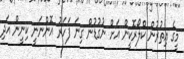
މީގެ އިތުރުން ކްލޯރޮކީން އަށް ނުގުޑުން ގިނަ ފަހަރު އޮންނަނީ ކިނީން އަދި